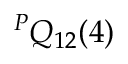
^ P Q _ { 1 2 } ( 4 )